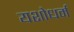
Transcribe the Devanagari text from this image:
यशोधर्म